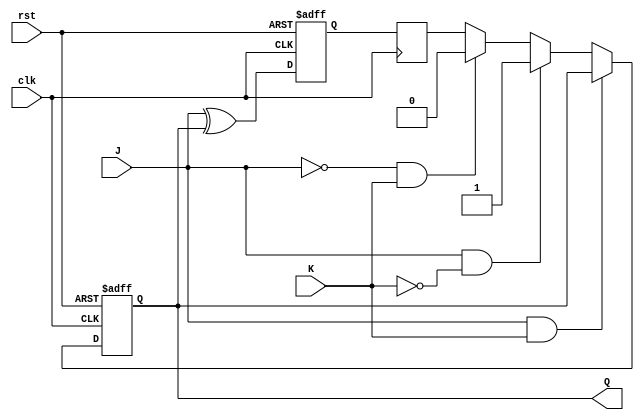
module jk_flipflop (
    input wire clk,
    input wire rst,
    input wire J,
    input wire K,
    output reg Q
);

reg D1, D2;

// Master flip-flop
always @(posedge clk or negedge rst)
begin
    if (!rst)
        D1 <= 1'b0;
    else
        D1 <= J ^ Q; 
end

// Slave flip-flop
always @(negedge clk)
begin
    D2 <= D1;
end

// JK flip-flop logic
always @(posedge clk or negedge rst)
begin
    if (!rst)
        Q <= 1'b0;
    else if (J && K)
        Q <= Q;
    else if (J && !K)
        Q <= 1'b1;
    else if (!J && K)
        Q <= 1'b0;
    else
        Q <= D2;
end

endmodule